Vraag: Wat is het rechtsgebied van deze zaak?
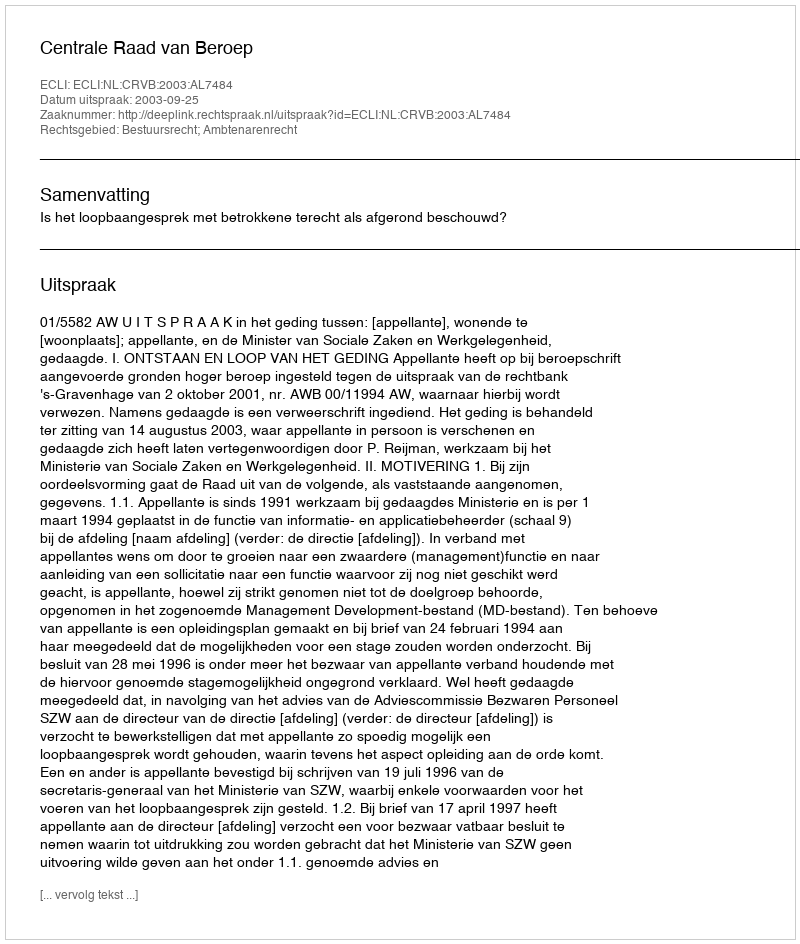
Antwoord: Bestuursrecht; Ambtenarenrecht